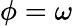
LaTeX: \phi=\omega